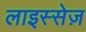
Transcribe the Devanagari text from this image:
लाइस्सेज़